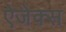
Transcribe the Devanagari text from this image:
ऐजेक्स